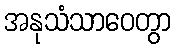
အနုသံသာဝေတွာ